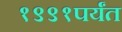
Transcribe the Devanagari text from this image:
१९९१पर्यंत